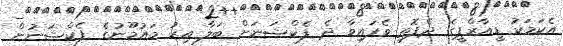
އެކަމަކު ޑީއާރްޕީގެ ދެފޮތި ވެފައިވާ ދެ ފެކްޝަނަށް ބަލާ އިރު މައުމޫނުގެ ފެކްޝަނުން